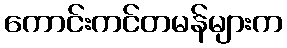
ကောင်းကင်တမန်များက